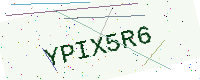
Text: YPIX5R6